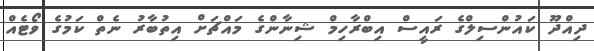
ދިއްދޫ ކައުންސިލްގެ ރައީސް އިބްރާހިމް ޝިނާންގެ މައްޗަށް އިތުބާރު ނެތް ކަމުގެ ވޯޓެއް